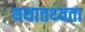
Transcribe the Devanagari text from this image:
यथातथ्‍यता